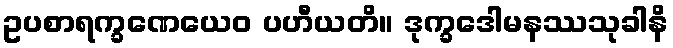
ဥပစာရက္ခဏေယေဝ ပဟီယတိ။ ဒုက္ခဒေါမနဿသုခါနိ